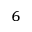
^ 6